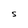
Character: S